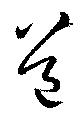
道